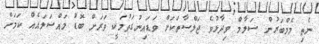
ނެތި މެމްބަރުން ސަލާމް ވިދާޅުވެ ޖަލްސާތަކަށް ވަޑައިނުގަތުމަކީ ވަރަށް ބޮޑު މައްސަލައެއް ކަމަށް